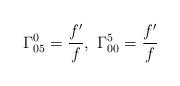
LaTeX: \begin{align*}\Gamma^0_{05}=\frac{f'}{f},\ \Gamma_{00}^5=\frac{f'}{f}\end{align*}